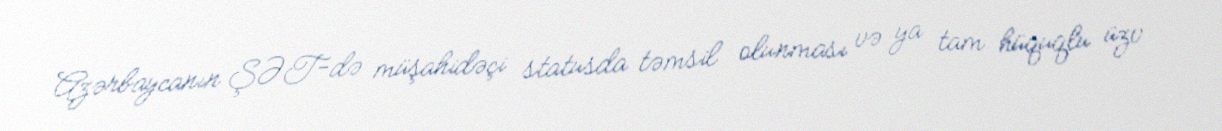
Azərbaycanın ŞƏT-də müşahidəçi statusda təmsil olunması və ya tam hüquqlu üzv